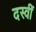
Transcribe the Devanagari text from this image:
दस्वीं